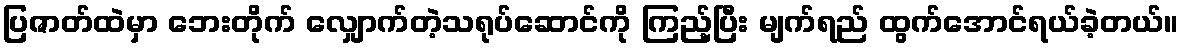
ပြဇာတ်ထဲမှာ ဘေးတိုက် လျှောက်တဲ့သရုပ်ဆောင်ကို ကြည့်ပြီး မျက်ရည် ထွက်အောင်ရယ်ခဲ့တယ်။